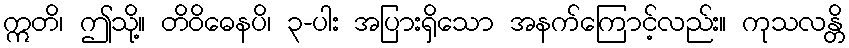
ဣတိ၊ ဤသို့။ တိဝိဓေနပိ၊ ၃-ပါး အပြားရှိသော အနက်ကြောင့်လည်း။ ကုသလန္တိ